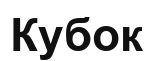
Кубок